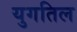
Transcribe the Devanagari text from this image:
युगतिल